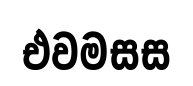
එවමසස